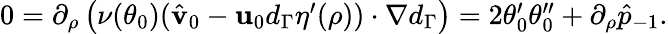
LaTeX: \begin{array}{r}{0=\partial_{\rho}\left(\nu(\theta_{0})(\hat{\mathbf{v}}_{0}-\mathbf{u}_{0}d_{\Gamma}\eta^{\prime}(\rho))\cdot\nabla d_{\Gamma}\right)=2\theta_{0}^{\prime}\theta_{0}^{\prime\prime}+\partial_{\rho}\hat{p}_{-1}.}\end{array}